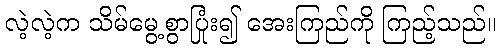
လဲ့လဲ့က သိမ်မွေ့စွာပြုံး၍ အေးကြည်ကို ကြည့်သည်။